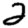
Digit: 2